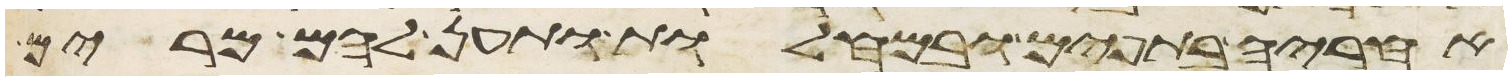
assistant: אחריה בתפים ובמחלות ותען להם מרים